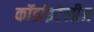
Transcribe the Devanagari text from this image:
कॉर्डाइटेलीज